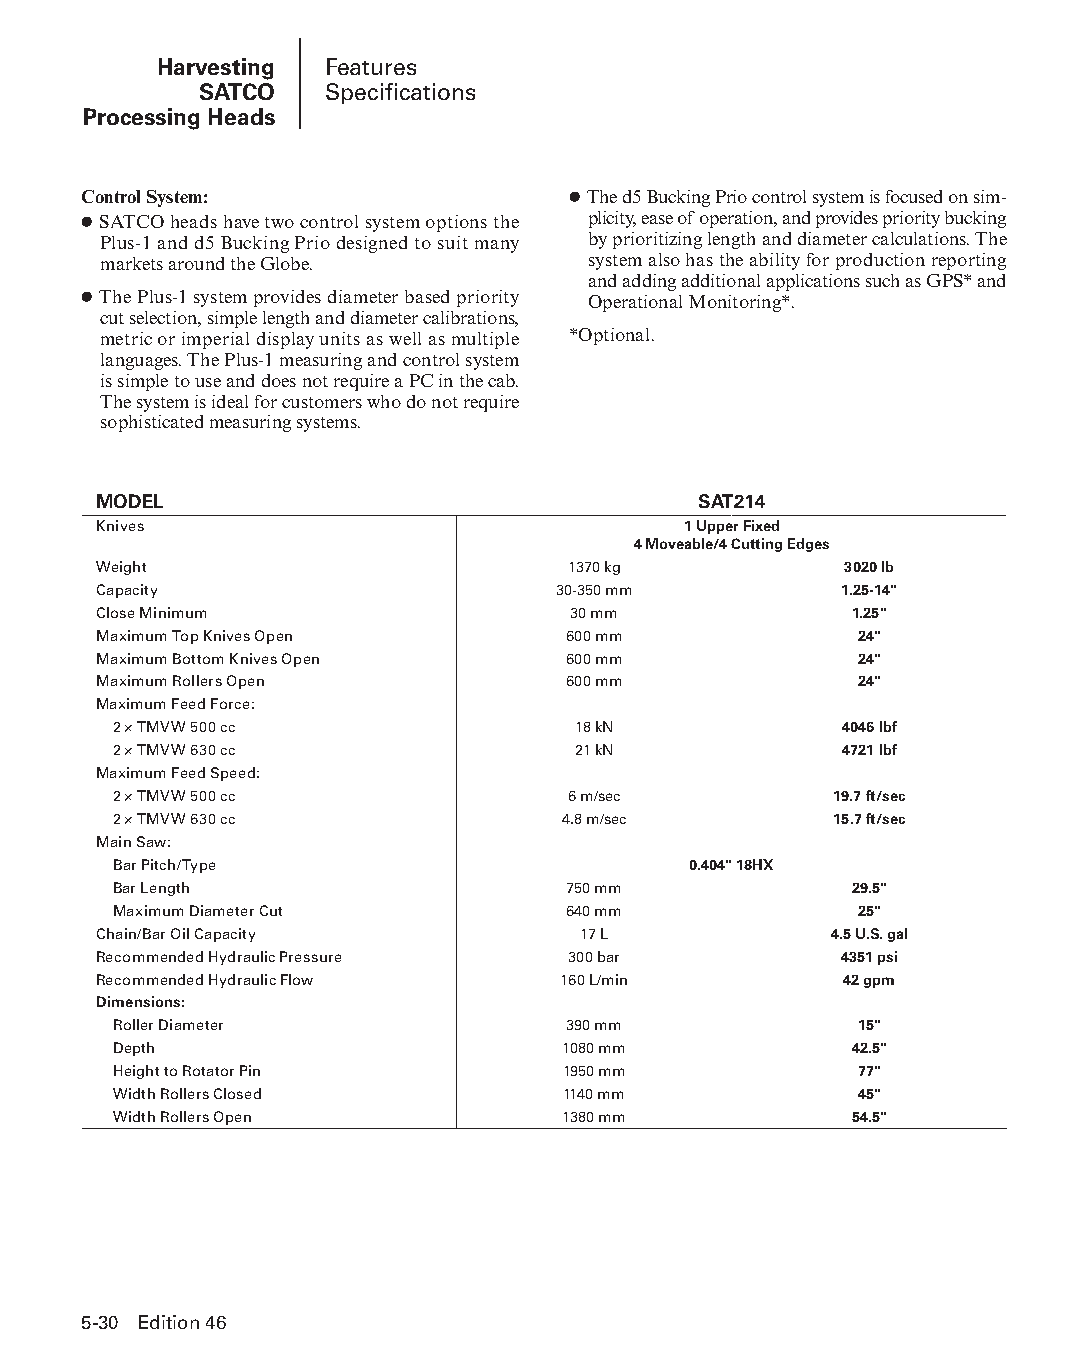
Harvesting Features
 SATCO   Specifications
 Processing Heads
 Control System:                 ● The d5 Bucking Prio control system is focused on sim-
 ● SATCO heads have two control system options the plicity, ease of operation, and provides priority bucking
 Plus-1 and d5 Bucking Prio designed to suit many by prioritizing length and diameter calcula tions. The
 markets around the Globe.       system also has the ability for production reporting
 and adding additional applications such as GPS* and
 ● The Plus-1 system provides diameter based priority Operational Monitoring*.
 cut selection, simple length and diameter calibra tions,
 metric or imperial display units as well as multiple *Optional.
 languages. The Plus-1 measuring and control system
 is simple to use and does not require a PC in the cab.
 The system is ideal for customers who do not require
 sophisticated measuring systems.
 MODEL                                   SAT214
 Knives                                 1 Upper Fixed
 4 Moveable/4 Cutting Edges
 Weight                         1370 kg           3020 lb
 Capacity                      30-350 mm          1.25-14"
 Close Minimum                  30 mm              1.25"
 Maximum Top Knives Open        600 mm             24"
 Maximum Bottom Knives Open     600 mm             24"
 Maximum Rollers Open           600 mm             24"
 Maximum Feed Force:
 2 × TMVW 500 cc               18 kN             4046 lbf
 2 × TMVW 630 cc               21 kN             4721 lbf
 Maximum Feed Speed:
 2 × TMVW 500 cc               6 m/sec           19.7 ft/sec
 2 × TMVW 630 cc               4.8 m/sec         15.7 ft/sec
 Main Saw:
 Bar Pitch/Type                        0.404" 18HX
 Bar Length                    750 mm             29.5"
 Maximum Diameter Cut          640 mm             25"
 Chain/Bar Oil Capacity          17 L            4.5 U.S. gal
 Recommended Hydraulic Pressure 300 bar           4351 psi
 Recommended Hydraulic Flow    160 L/min          42 gpm
 Dimensions:
 Roller Diameter               390 mm             15"
 Depth                         1080 mm            42.5"
 Height to Rotator Pin         1950 mm            77"
 Width Rollers Closed          1140 mm            45"
 Width Rollers Open            1380 mm            54.5"
 5-30 Edition 46
 PPHHBB--SSeecc0055--1166..iinndddd 3300                        1122//44//1155 22::1188 PPMM